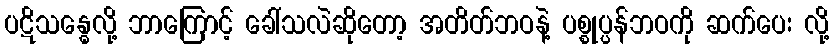
ပဋိသန္ဓေလို့ ဘာကြောင့် ခေါ်သလဲဆိုတော့ အတိတ်ဘဝနဲ့ ပစ္စုပ္ပန်ဘဝကို ဆက်ပေး လို့